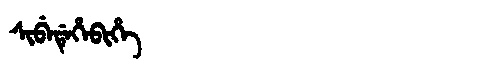
Manchu: ᠰᡳᠪᡝᡩᡝᡥᡝᠪᡳᡥᡝ
Romanization: SIBEDEHEBIHE